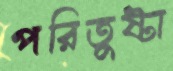
পরিতুষ্টা